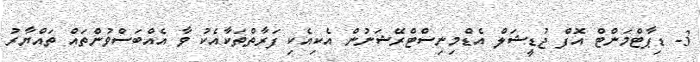
3- ޑިޕާޓްމަންޓް އޮފް ޖުޑީޝަލް އެޑްމިނިސްޓްރޭޝަނުން އެކިއެކި ފަރާތްތަކާއެކު ވާ އެއްބަސްވުންތައް ތައްޔާރު